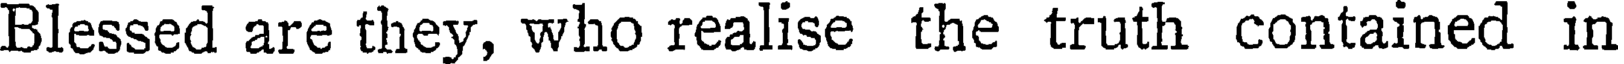
Blessed are they, who realise the truth contained in